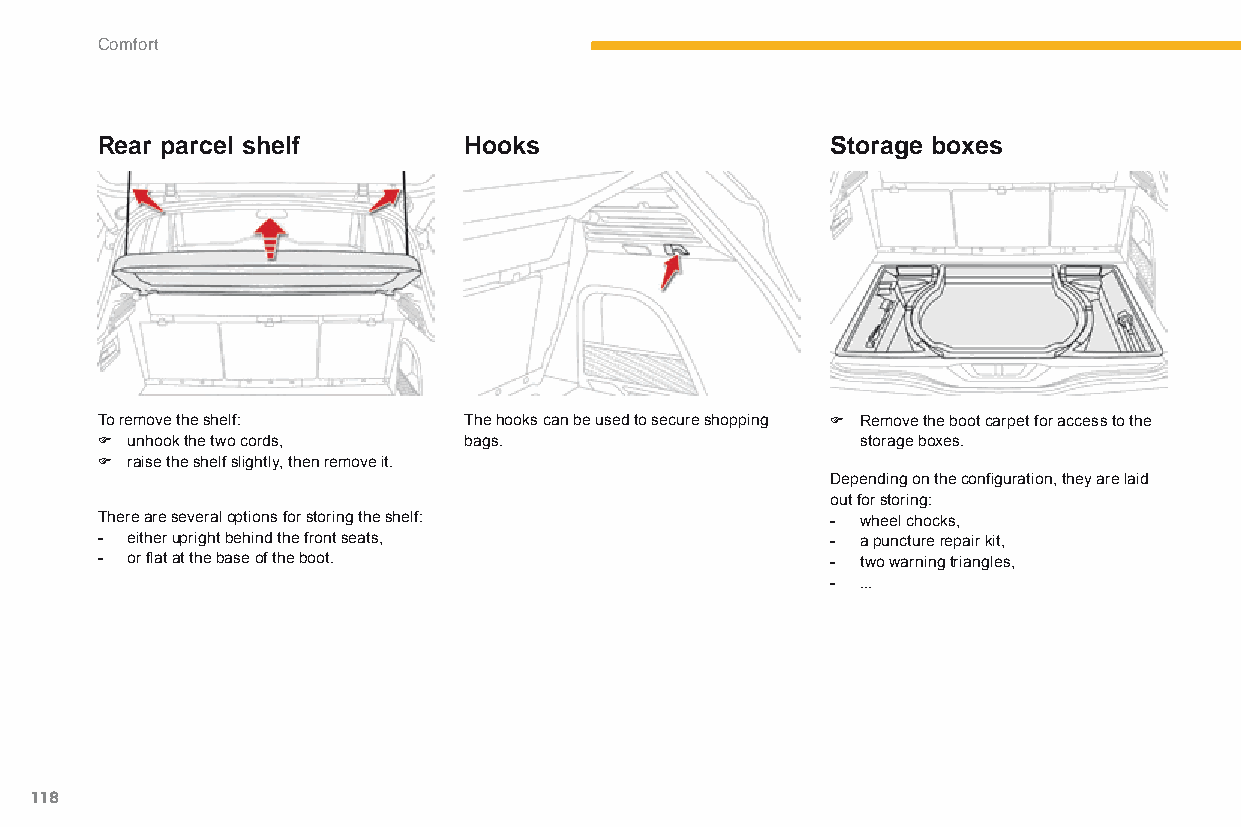
Comfort
 Rear parcel shelf        Hooks                   Storage boxes
 To remove the shelf:     The hooks can be used to secure shopping F Remove the boot carpet for access to the
 F unhook the two cords,  bags.                     storage boxes.
 F raise the shelf slightly, then remove it.
 Depending on the configuration, they are laid
 out for storing:
 There are several options for storing the shelf: - wheel chocks,
 - either upright behind the front seats,         - a puncture repair kit,
 - or flat at the base of the boot.               - two warning triangles,
 - ...
 118
 C4-Picasso-II_en_Chap03_confort_ed01-2015